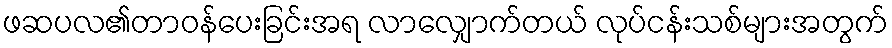
ဖဆပလ၏တာဝန်ပေးခြင်းအရ လာလျှောက်တယ် လုပ်ငန်းသစ်များအတွက်